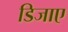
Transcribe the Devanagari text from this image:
डिजाए